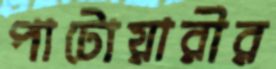
পাটোয়ারীর